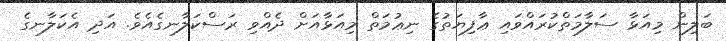
ބަލިން މިއަޅާ ސަލާމަތްކުރައްވައި ޢާފިޔަތުގެ ނިޢުމަތް މިއަޅާއަށް ދެއްވި ރަސްކަލާނގެއެވެ. އަދި އެކަލާނގެ